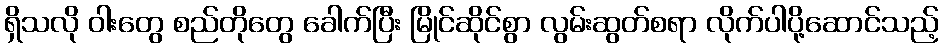
ရှိသလို ဝါးတွေ စည်တိုတွေ ခေါက်ပြီး မြိုင်ဆိုင်စွာ လွမ်းဆွတ်စရာ လိုက်ပါပို့ဆောင်သည့်